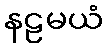
နဠမယံ